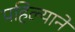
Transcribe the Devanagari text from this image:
पहिल्याने